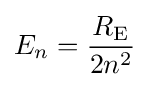
E_{n}={\frac {R_{\mathrm {E} }}{2n^{2}}}